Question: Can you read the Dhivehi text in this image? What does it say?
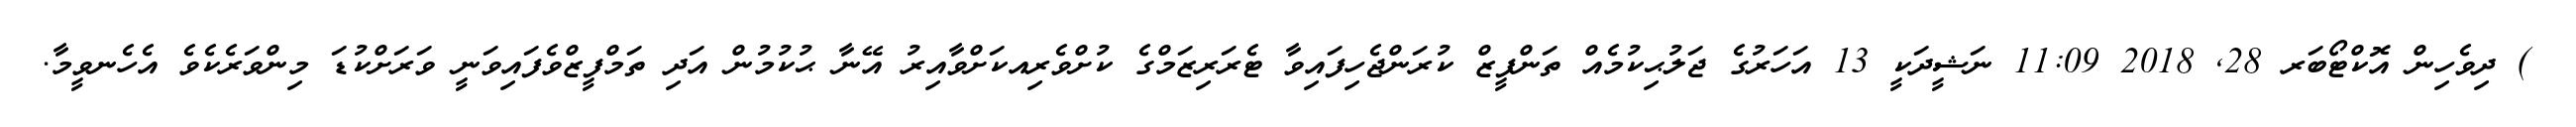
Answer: ) ދިވެހިން އޮކްޓޯބަރ 28, 2018 11:09 ނަޝީދަކީ 13 އަހަރުގެ ޖަލުޙިކުމެއް ތަންފީޒް ކުރަންޖެހިފައިވާ ޓެރަރިޒަމްގެ ކުށްވެރިއކަށްވާއިރު އޭނާ ޙުކުމުން އަދި ތަމްފީޒްވެފައިވަނީ ވަރަށްކުޑަ މިންވަރެކެވެ އެހެނވީމާ.